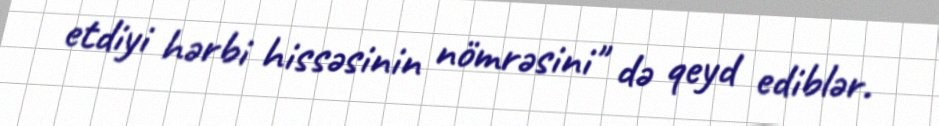
etdiyi hərbi hissəsinin nömrəsini" də qeyd ediblər.